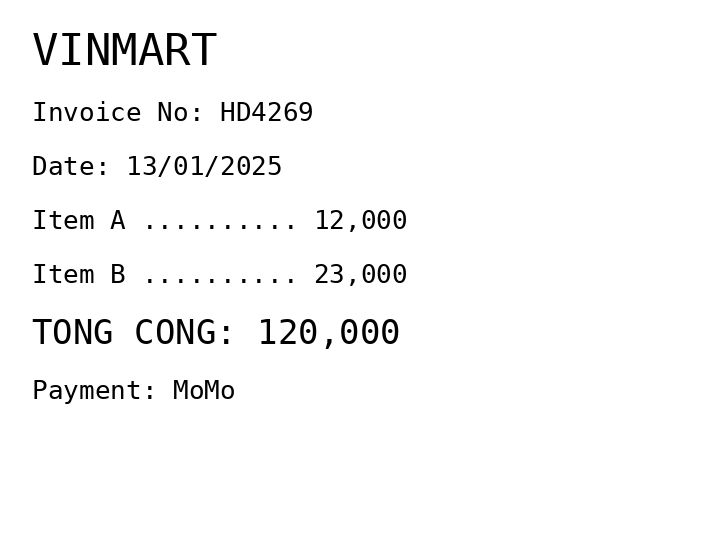
VINMART
Invoice No: HD4269
Date: 13/01/2025
Item A .......... 12,000
Item B .......... 23,000
TONG CONG: 120,000
Payment: MoMo
Merchant: vinmart
Date: 2025-01-13
Total: 120000
Invoice No: HD4269
Payment method: MOMO